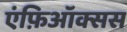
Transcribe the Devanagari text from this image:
एंफ़िऑक्सस